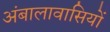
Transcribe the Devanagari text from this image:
अंबालावासियों